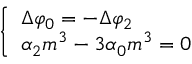
\left\{ \begin{array} { l } { \Delta \varphi _ { 0 } = - \Delta \varphi _ { 2 } } \\ { \alpha _ { 2 } m ^ { 3 } - 3 \alpha _ { 0 } m ^ { 3 } = 0 } \end{array} \right.